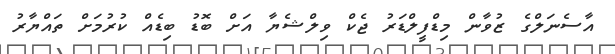
އާސެނަލްގެ ޒުވާން މިޑްފީލްޑަރު ޖެކް ވިލްޝެޔާ އަށް ބޮޑު ބިޑެއް ކުރުމަށް ތައްޔާރު